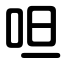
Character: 呾